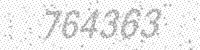
Solution: 764363